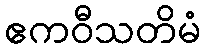
ဧကဝီသတိမံ